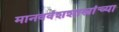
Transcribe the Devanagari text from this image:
मानववंशशास्त्रांच्या